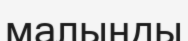
малыңды